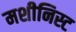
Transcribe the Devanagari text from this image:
मशीनिस्ट